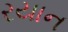
રયાન